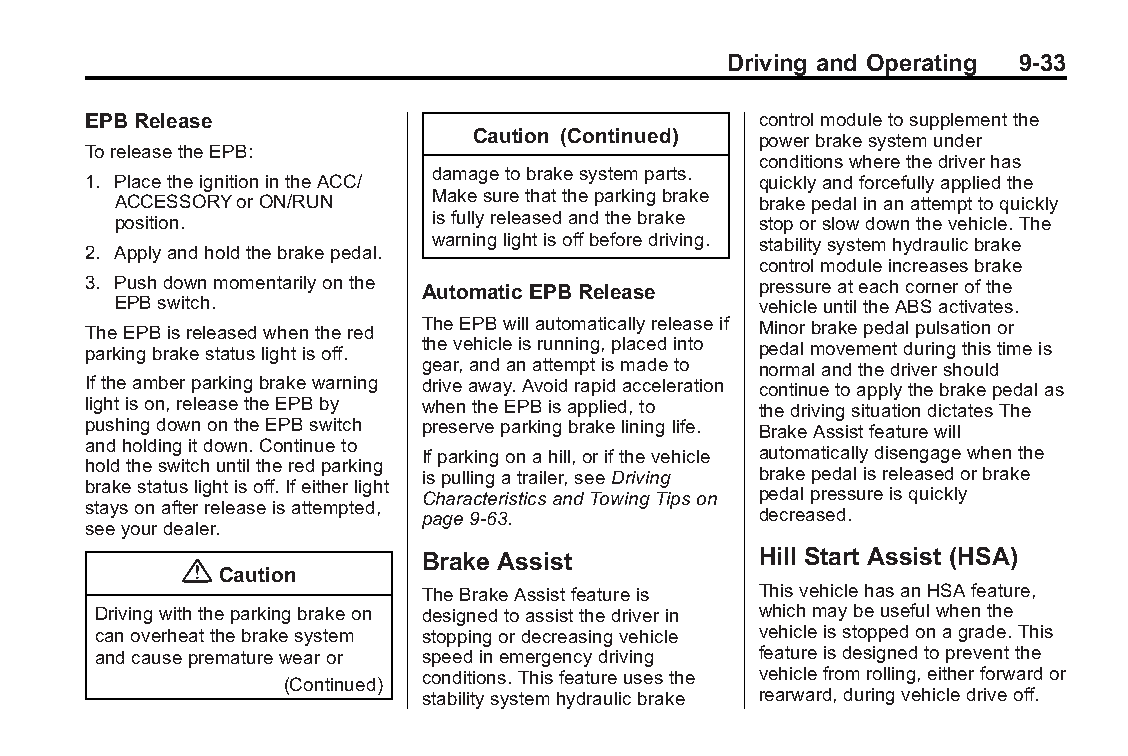
Buick LaCrosse Owner Manual (GMNA-Localizing-U.S./Canada/Mexico- Blackplate(33,1)
 6043609)-2014-2ndEdition-10/17/13
 Driving and Operating 9-33
 EPB Release                                  controlmoduletosupplementthe
 Caution (Continued) powerbrakesystemunder
 ToreleasetheEPB:
 conditionswherethedriverhas
 damagetobrakesystemparts.
 1. PlacetheignitionintheACC/                 quicklyandforcefullyappliedthe
 ACCESSORYorON/RUN    Makesurethattheparkingbrake brakepedalinanattempttoquickly
 position.            isfullyreleasedandthebrake stoporslowdownthevehicle.The
 warninglightisoffbeforedriving. stabilitysystemhydraulicbrake
 2. Applyandholdthebrakepedal.
 controlmoduleincreasesbrake
 3. Pushdownmomentarilyonthe Automatic EPB Release pressureateachcornerofthe
 EPBswitch.                                 vehicleuntiltheABSactivates.
 TheEPBisreleasedwhenthered TheEPBwillautomaticallyreleaseif Minorbrakepedalpulsationor
 parkingbrakestatuslightisoff. thevehicleisrunning,placedinto pedalmovementduringthistimeis
 gear,andanattemptismadeto normalandthedrivershould
 Iftheamberparkingbrakewarning driveaway.Avoidrapidacceleration continuetoapplythebrakepedalas
 lightison,releasetheEPBby whentheEPBisapplied,to thedrivingsituationdictatesThe
 pushingdownontheEPBswitch preserveparkingbrakelininglife. BrakeAssistfeaturewill
 andholdingitdown.Continueto
 Ifparkingonahill,orifthevehicle automaticallydisengagewhenthe
 holdtheswitchuntiltheredparking
 ispullingatrailer,seeDriving brakepedalisreleasedorbrake
 brakestatuslightisoff.Ifeitherlight
 CharacteristicsandTowingTipson pedalpressureisquickly
 staysonafterreleaseisattempted,
 page9-63.             decreased.
 seeyourdealer.
 Brake Assist          Hill Start Assist (HSA)
 {
 Caution
 TheBrakeAssistfeatureis ThisvehiclehasanHSAfeature,
 Drivingwiththeparkingbrakeon designedtoassistthedriverin whichmaybeusefulwhenthe
 canoverheatthebrakesystem stoppingordecreasingvehicle vehicleisstoppedonagrade.This
 andcauseprematurewearor speedinemergencydriving featureisdesignedtopreventthe
 conditions.Thisfeatureusesthe vehiclefromrolling,eitherforwardor
 (Continued)
 stabilitysystemhydraulicbrake rearward,duringvehicledriveoff.